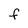
Character: f